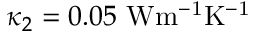
\kappa _ { 2 } = 0 . 0 5 ~ \mathrm { { W m ^ { - 1 } K ^ { - 1 } } }